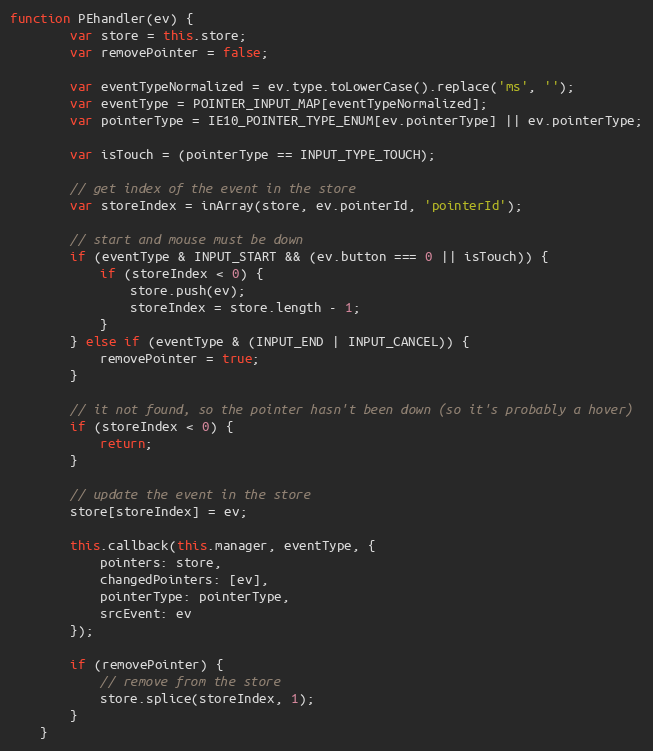
Language: JavaScript
function PEhandler(ev) {
        var store = this.store;
        var removePointer = false;

        var eventTypeNormalized = ev.type.toLowerCase().replace('ms', '');
        var eventType = POINTER_INPUT_MAP[eventTypeNormalized];
        var pointerType = IE10_POINTER_TYPE_ENUM[ev.pointerType] || ev.pointerType;

        var isTouch = (pointerType == INPUT_TYPE_TOUCH);

        // get index of the event in the store
        var storeIndex = inArray(store, ev.pointerId, 'pointerId');

        // start and mouse must be down
        if (eventType & INPUT_START && (ev.button === 0 || isTouch)) {
            if (storeIndex < 0) {
                store.push(ev);
                storeIndex = store.length - 1;
            }
        } else if (eventType & (INPUT_END | INPUT_CANCEL)) {
            removePointer = true;
        }

        // it not found, so the pointer hasn't been down (so it's probably a hover)
        if (storeIndex < 0) {
            return;
        }

        // update the event in the store
        store[storeIndex] = ev;

        this.callback(this.manager, eventType, {
            pointers: store,
            changedPointers: [ev],
            pointerType: pointerType,
            srcEvent: ev
        });

        if (removePointer) {
            // remove from the store
            store.splice(storeIndex, 1);
        }
    }